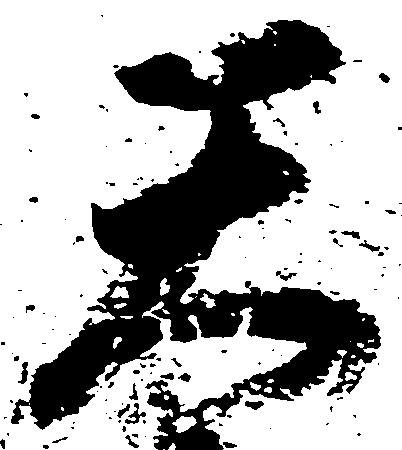
天